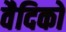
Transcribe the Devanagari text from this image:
वैदिको